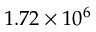
1 . 7 2 \times 1 0 ^ { 6 }